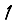
Digit: 1